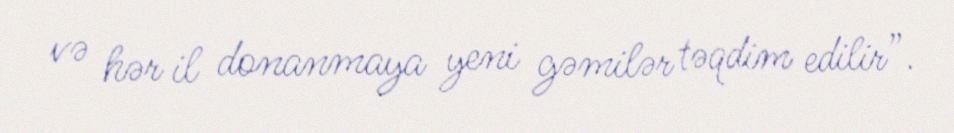
və hər il donanmaya yeni gəmilər təqdim edilir”.